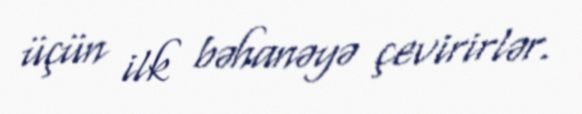
üçün ilk bəhanəyə çevirirlər.